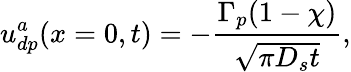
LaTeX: u_{dp}^{a}(x=0,t)=-\frac{\Gamma_{p}(1-\chi)}{\sqrt{\pi D_{s}t}},